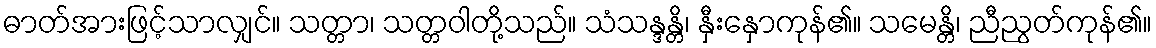
ဓာတ်အားဖြင့်သာလျှင်။ သတ္တာ၊ သတ္တဝါတို့သည်။ သံသန္ဒန္တိ၊ နှီးနှောကုန်၏။ သမေန္တိ၊ ညီညွတ်ကုန်၏။